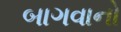
બાગવાનો